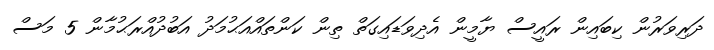
ދަރިވަރުން ކިބައިން ރައީސް ޔާމީން އެދިވަޑައިގަތް ތިން ކަންތައްއަޙުމަދު އަބުދުއްރަޙުމާން 5 މަސް